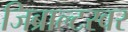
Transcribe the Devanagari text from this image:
जिब्राल्टरवर